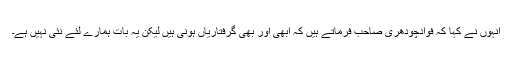
انہوں نے کہا کہ فوادچودھری صاحب فرماتے ہیں کہ ابھی اور بھی گرفتاریاں ہونی ہیں لیکن یہ بات ہمارے لئے نئی نہیں ہے۔